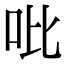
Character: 吡